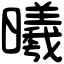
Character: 曦